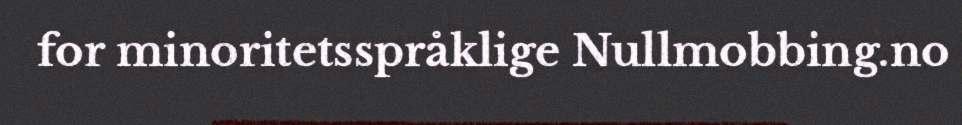
for minoritetsspråklige Nullmobbing.no